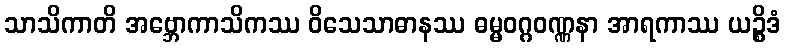
သာသိကာတိ အဗ္ဘောကာသိကဿ ဝိသေသာဓာနဿ ဓမ္မဝဂ္ဂဝဏ္ဏနာ အာရကာဿ ယဉ္စိဒံ